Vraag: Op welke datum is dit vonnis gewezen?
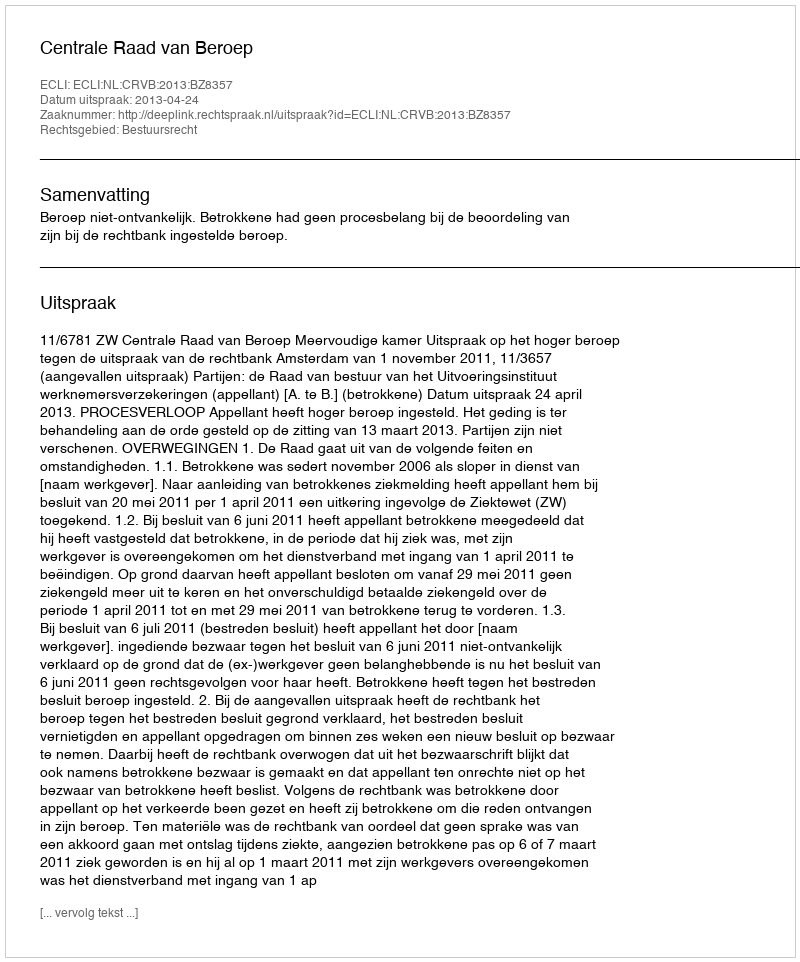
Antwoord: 2013-04-24